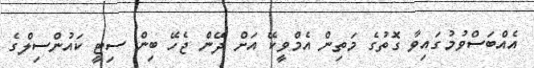
އެއްބަސްވުމުގައިވާ ގޮތުގެ މަތިން އެމްވީކޭ އަށް ދޭން ޖެހޭ ބިން ސިޓީ ކައުންސިލްގެ